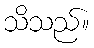
သိသည်။